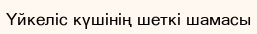
Үйкеліс күшінің шеткі шамасы